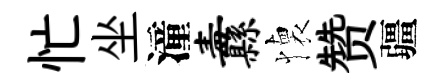
忙坐潼纛懐赞疆